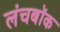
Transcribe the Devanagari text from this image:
लंचबॉक